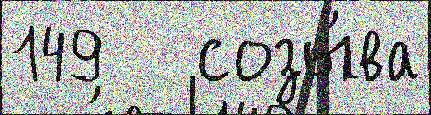
149   созы́ва